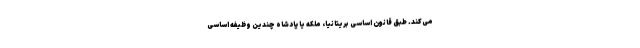
می‌کند. طبق قانون اساسی بریتانیا، ملکه یا پادشاه چندین وظیفه اساسی